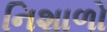
નિશાળો